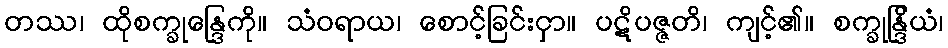
တဿ၊ ထိုစက္ခုန္ဒြေကို။ သံဝရာယ၊ စောင့်ခြင်းငှာ။ ပဋိပဇ္ဇတိ၊ ကျင့်၏။ စက္ခုန္ဒြိယံ၊